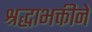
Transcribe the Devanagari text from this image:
श्रद्धाभक्तीने